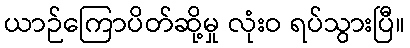
ယာဉ်ကြောပိတ်ဆို့မှု လုံးဝ ရပ်သွားပြီ။